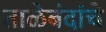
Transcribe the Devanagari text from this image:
ताळेबंदांचे